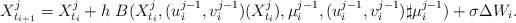
LaTeX: \begin{align*} X_{t_{i+1}}^{j} = X_{t_{i}}^{j} + h \ B(X_{t_i}^{j}, (u^{j-1}_i,v^{j-1}_i)(X_{t_{i}}^{j}), \mu^{j-1}_i, (u^{j-1}_i,v^{j-1}_i)\sharp\mu^{j-1}_i ) + \sigma \Delta W_{i}.\end{align*}